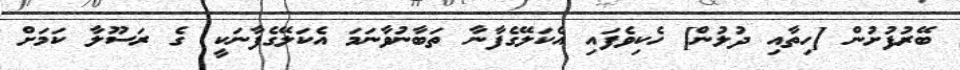
ބޭރުފުށުން [ހިތާއި ދުލުން] ހެކިވެފައި އެކަލޭގެފާނާ ތަބާނުވާނަމަ އެކަލޭގެފާނަކީ  ގެ ރަސޫލާ ކަމަށް